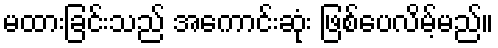
မထားခြင်းသည် အကောင်းဆုံး ဖြစ်ပေလိမ့်မည်။